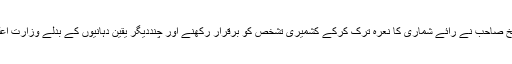
جس کی ر و سے شیخ صاحب نے رائے شماری کا نعرہ ترک کرکے کشمیری تشخص کو برقرار رکھنے اور چنددیگر یقین دہانیوں کے بدلے وزارت اعلیٰ کی گدی سنبھالی ۔